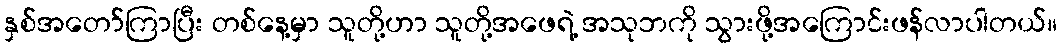
နှစ်အတော်ကြာပြီး တစ်နေ့မှာ သူတို့ဟာ သူတို့အဖေရဲ့ အသုဘကို သွားဖို့အကြောင်းဖန်လာပါတယ်။